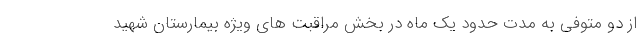
از دو متوفی به مدت حدود یک ماه در بخش مراقبت های ویژه بیمارستان شهید